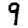
Digit: 9